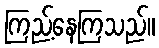
ကြည့်နေကြသည်။